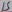
Text: 15